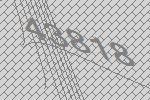
43818